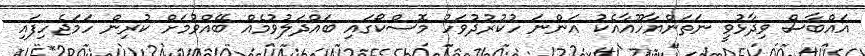
އައްބާސް ވިދާޅުވީ ނަތަންޔާހޫއާއެކު އަންނަ ހުކުރުދުވަހު މޮސްކޯގައި ބައްދަލުވުމެއް ބޭއްވުމަށް ކުރިން ހަމަޖެހިފައި